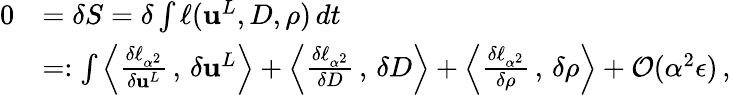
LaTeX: \begin{array}{rl}{0}&{=\delta S=\delta\int\ell({\mathbf{u}}^{L},{D},\rho)\, dt}\\ &{=:\int\left<\frac{\delta\ell_{\alpha^{2}}}{\delta{\mathbf{u}}^{L}}\, ,\, \delta{\mathbf{u}}^{L}\right>+\left<\frac{\delta\ell_{\alpha^{2}}}{\delta{D}}\, ,\, \delta{D}\right>+\left<\frac{\delta\ell_{\alpha^{2}}}{\delta\rho}\, ,\, \delta\rho\right>+\mathcal{O}(\alpha^{2}\epsilon)\, ,}\end{array}